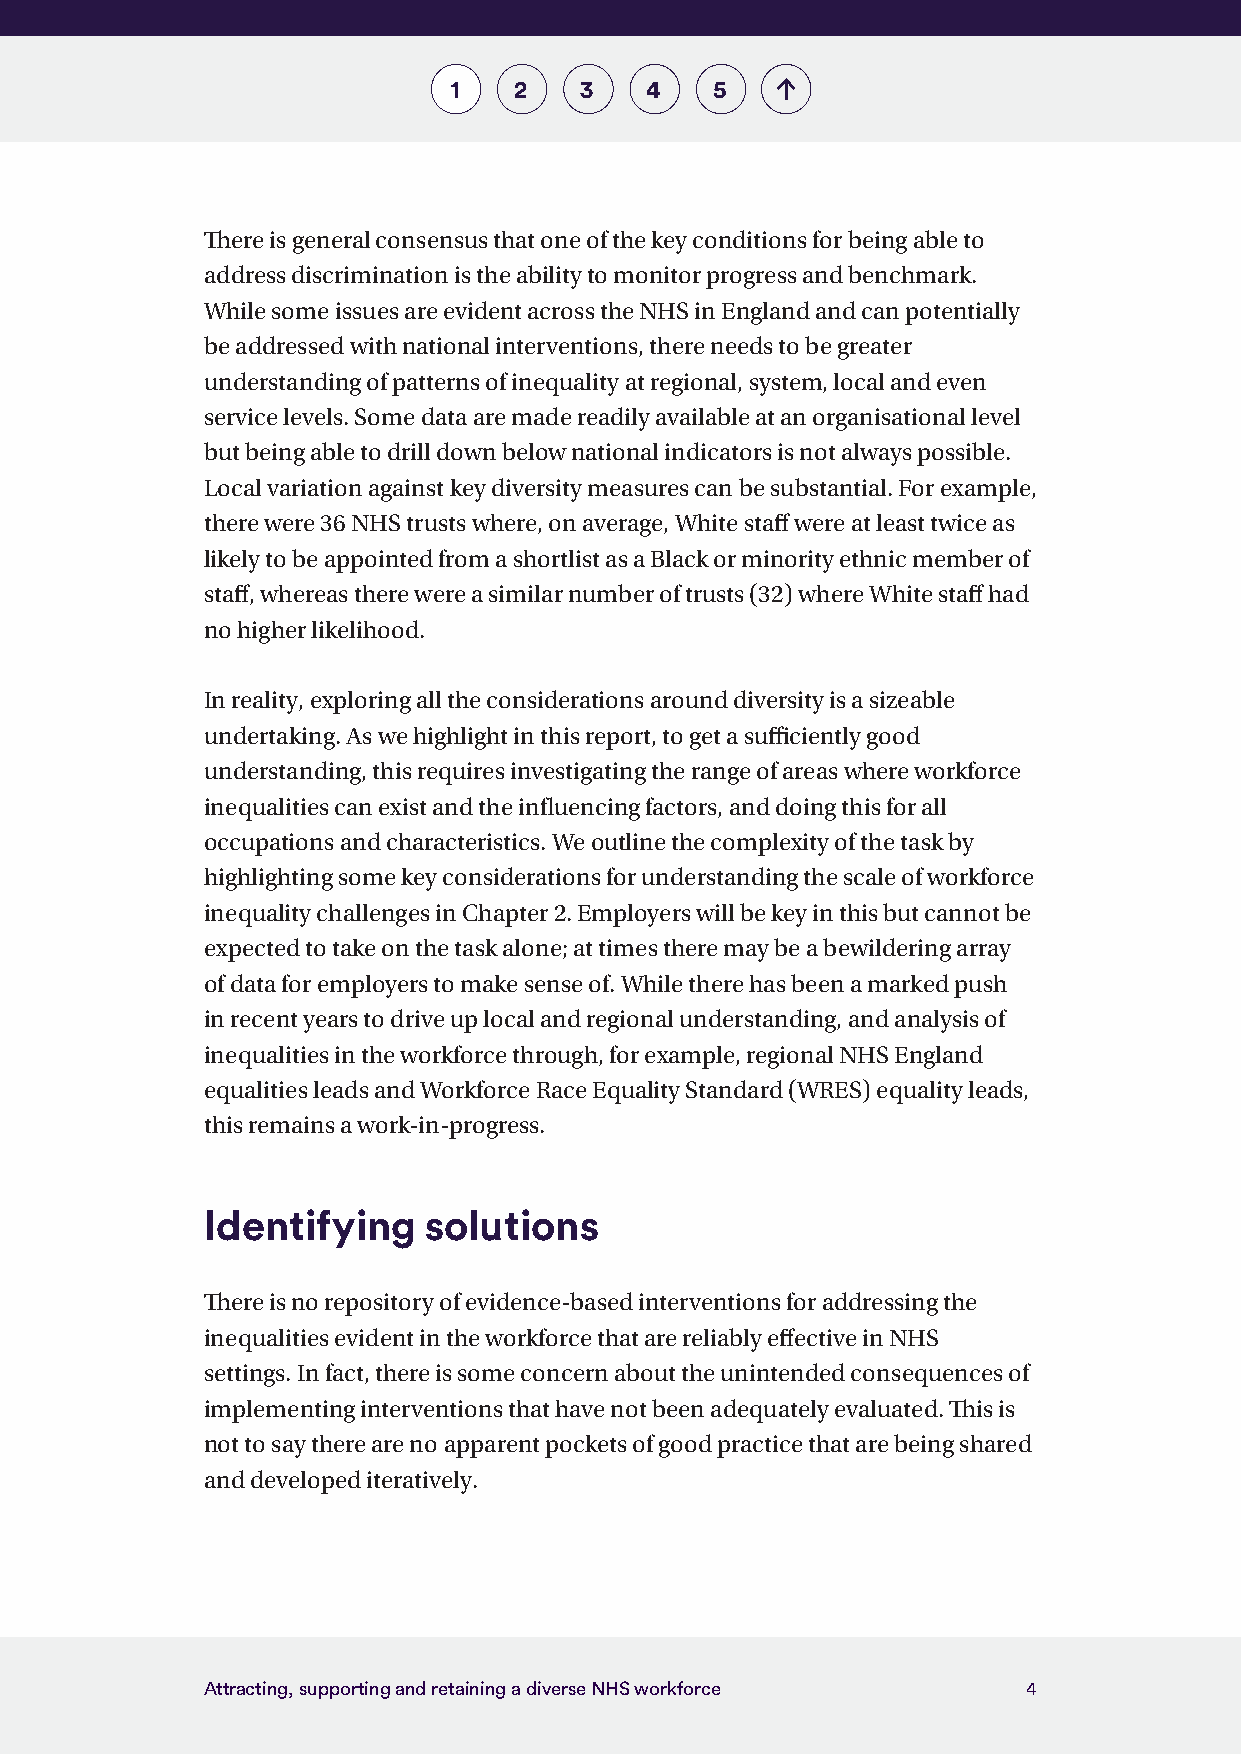
1   2   3    4   5
 There is general consensus that one of the key conditions for being able to
 address discrimination is the ability to monitor progress and benchmark.
 While some issues are evident across the NHS in England and can potentially
 be addressed with national interventions, there needs to be greater
 understanding of patterns of inequality at regional, system, local and even
 service levels. Some data are made readily available at an organisational level
 but being able to drill down below national indicators is not always possible.
 Local variation against key diversity measures can be substantial. For example,
 there were 36 NHS trusts where, on average, White staff were at least twice as
 likely to be appointed from a shortlist as a Black or minority ethnic member of
 staff, whereas there were a similar number of trusts (32) where White staff had
 no higher likelihood.
 In reality, exploring all the considerations around diversity is a sizeable
 undertaking. As we highlight in this report, to get a sufficiently good
 understanding, this requires investigating the range of areas where workforce
 inequalities can exist and the influencing factors, and doing this for all
 occupations and characteristics. We outline the complexity of the task by
 highlighting some key considerations for understanding the scale of workforce
 inequality challenges in Chapter 2. Employers will be key in this but cannot be
 expected to take on the task alone; at times there may be a bewildering array
 of data for employers to make sense of. While there has been a marked push
 in recent years to drive up local and regional understanding, and analysis of
 inequalities in the workforce through, for example, regional NHS England
 equalities leads and Workforce Race Equality Standard (WRES) equality leads,
 this remains a work-in-progress.
 Identifying    solutions
 There is no repository of evidence-based interventions for addressing the
 inequalities evident in the workforce that are reliably effective in NHS
 settings. In fact, there is some concern about the unintended consequences of
 implementing interventions that have not been adequately evaluated. This is
 not to say there are no apparent pockets of good practice that are being shared
 and developed iteratively.
 Attracting, supporting and retaining a diverse NHS workforce 4